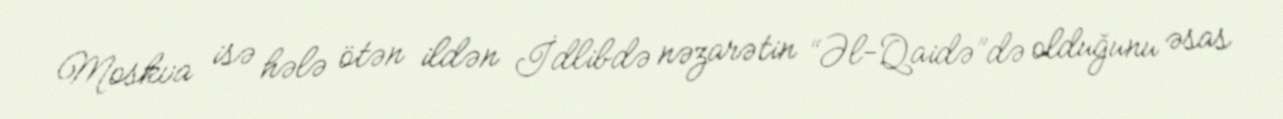
Moskva isə hələ ötən ildən İdlibdə nəzarətin “Əl-Qaidə”də olduğunu əsas